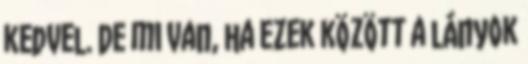
kedvel. De mi van, ha ezek között a lányok